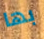
بها